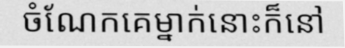
ចំណែកគេម្នាក់នោះក៏នៅ